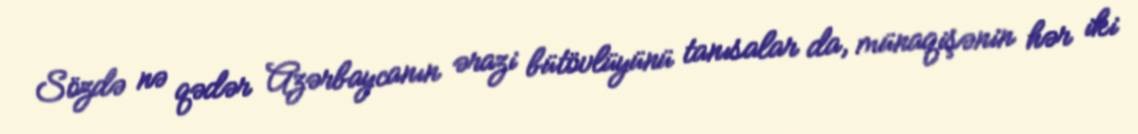
Sözdə nə qədər Azərbaycanın ərazi bütövlüyünü tanısalar da, münaqişənin hər iki